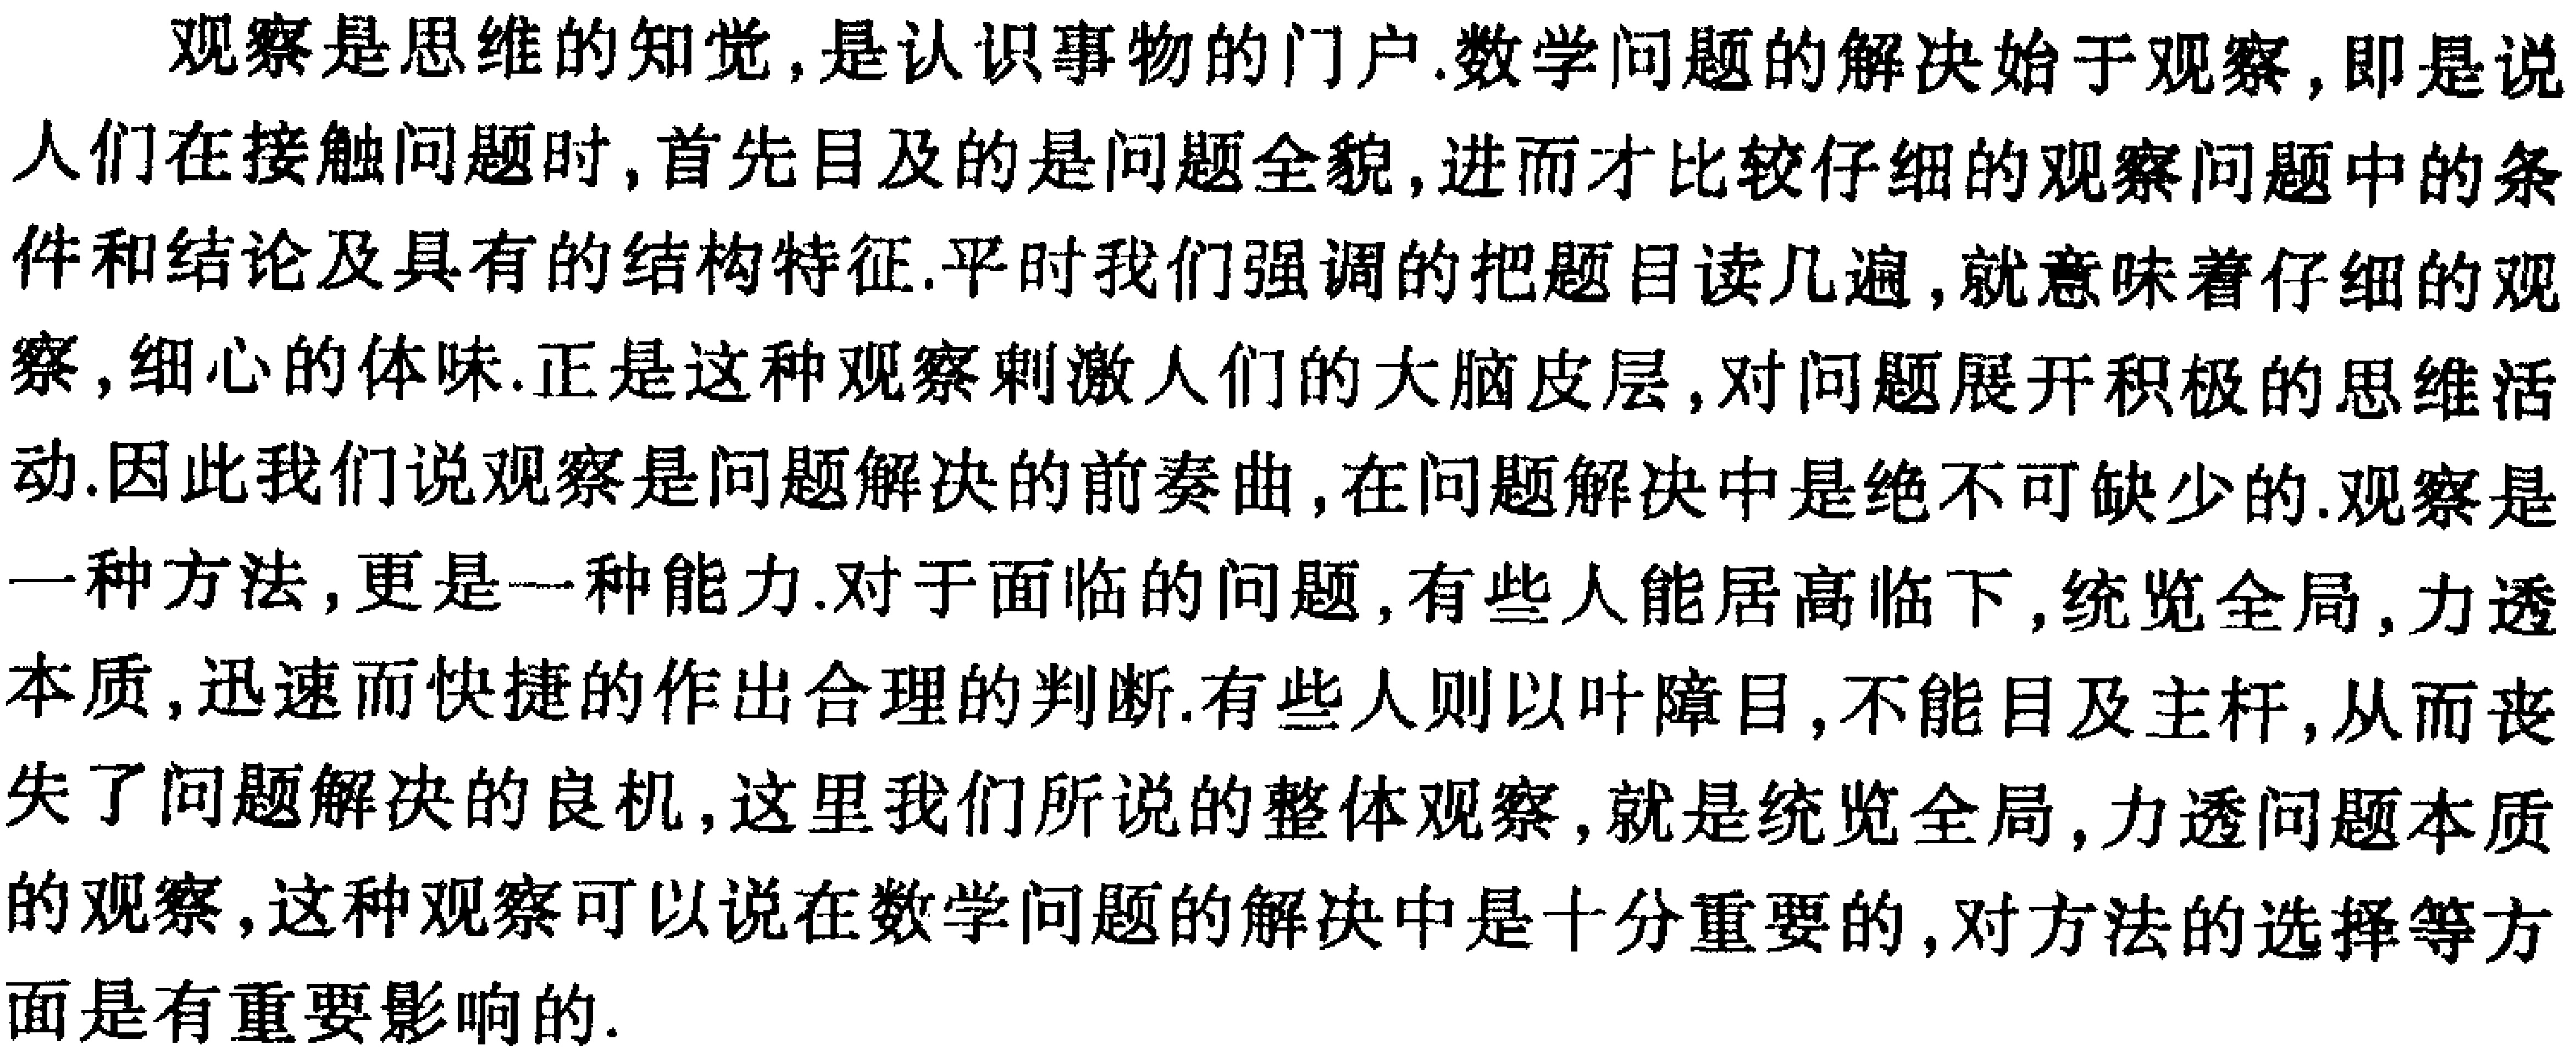
观察是思维的知觉,是认识事物的门户.数学问题的解决始于观察,即是说人们在接触问题时,首先目及的是问题全貌,进而才比较仔细的观察问题中的条件和结论及具有的结构特征.平时我们强调的把题目读几遍,就意味着仔细的观察,细心的体味.正是这种观察刺激人们的大脑皮层,对问题展开积极的思维活动.因此我们说观察是问题解决的前奏曲,在问题解决中是绝不可缺少的.观察是一种方法,更是一种能力.对于面临的问题,有些人能居高临下,统览全局,力透本质,迅速而快捷的作出合理的判断.有些人则以叶障目,不能目及主杆,从而丧失了问题解决的良机,这里我们所说的整体观察,就是统览全局,力透问题本质的观察,这种观察可以说在数学问题的解决中是十分重要的,对方法的选择等方面是有重要影响的.